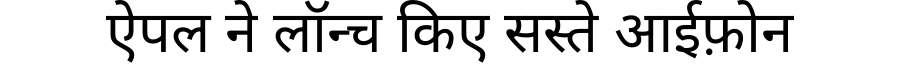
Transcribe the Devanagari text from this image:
ऐपल ने लॉन्च किए सस्ते आईफ़ोन